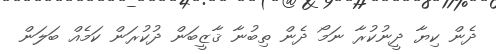
ދެން ކިޔާ ދީނުކުރާ ނަމޯ ދެން ތިބުނާ ޤާޒީބަން ދުކުރަން ކަމެއް ބަލަން